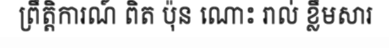
ព្រឹត្តិការណ៍ ពិត ប៉ុន ណោះ រាល់ ខ្លឹមសារ